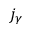
j _ { \gamma }